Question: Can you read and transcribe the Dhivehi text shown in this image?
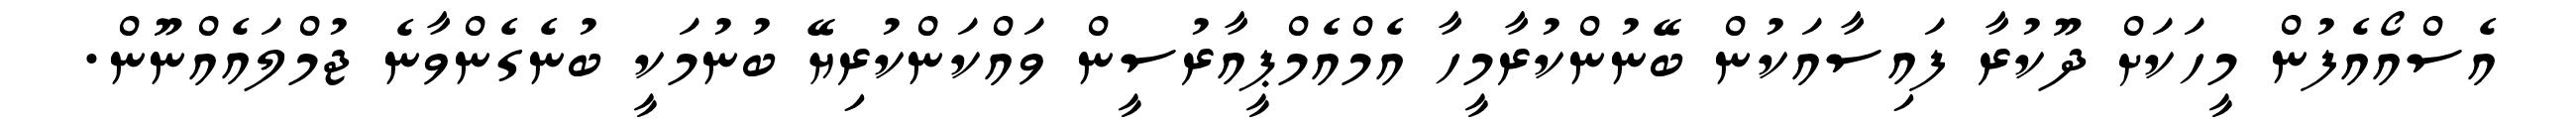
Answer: އެސްއޯއެފުން މީހަކަށް ދޫކުރާ ފައިސާއަކުން ބޭނުންކުރާމީހާ އެމްއެމްޕީއާރުސީން ވައްކަންކުރިޔޭ ބުނުމަކީ ބުނެގެންވާނެ ޖުމްލައެއްނޫން.